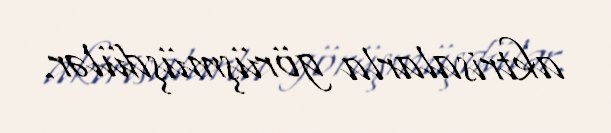
aktrisalarla görüşmüşdülər.